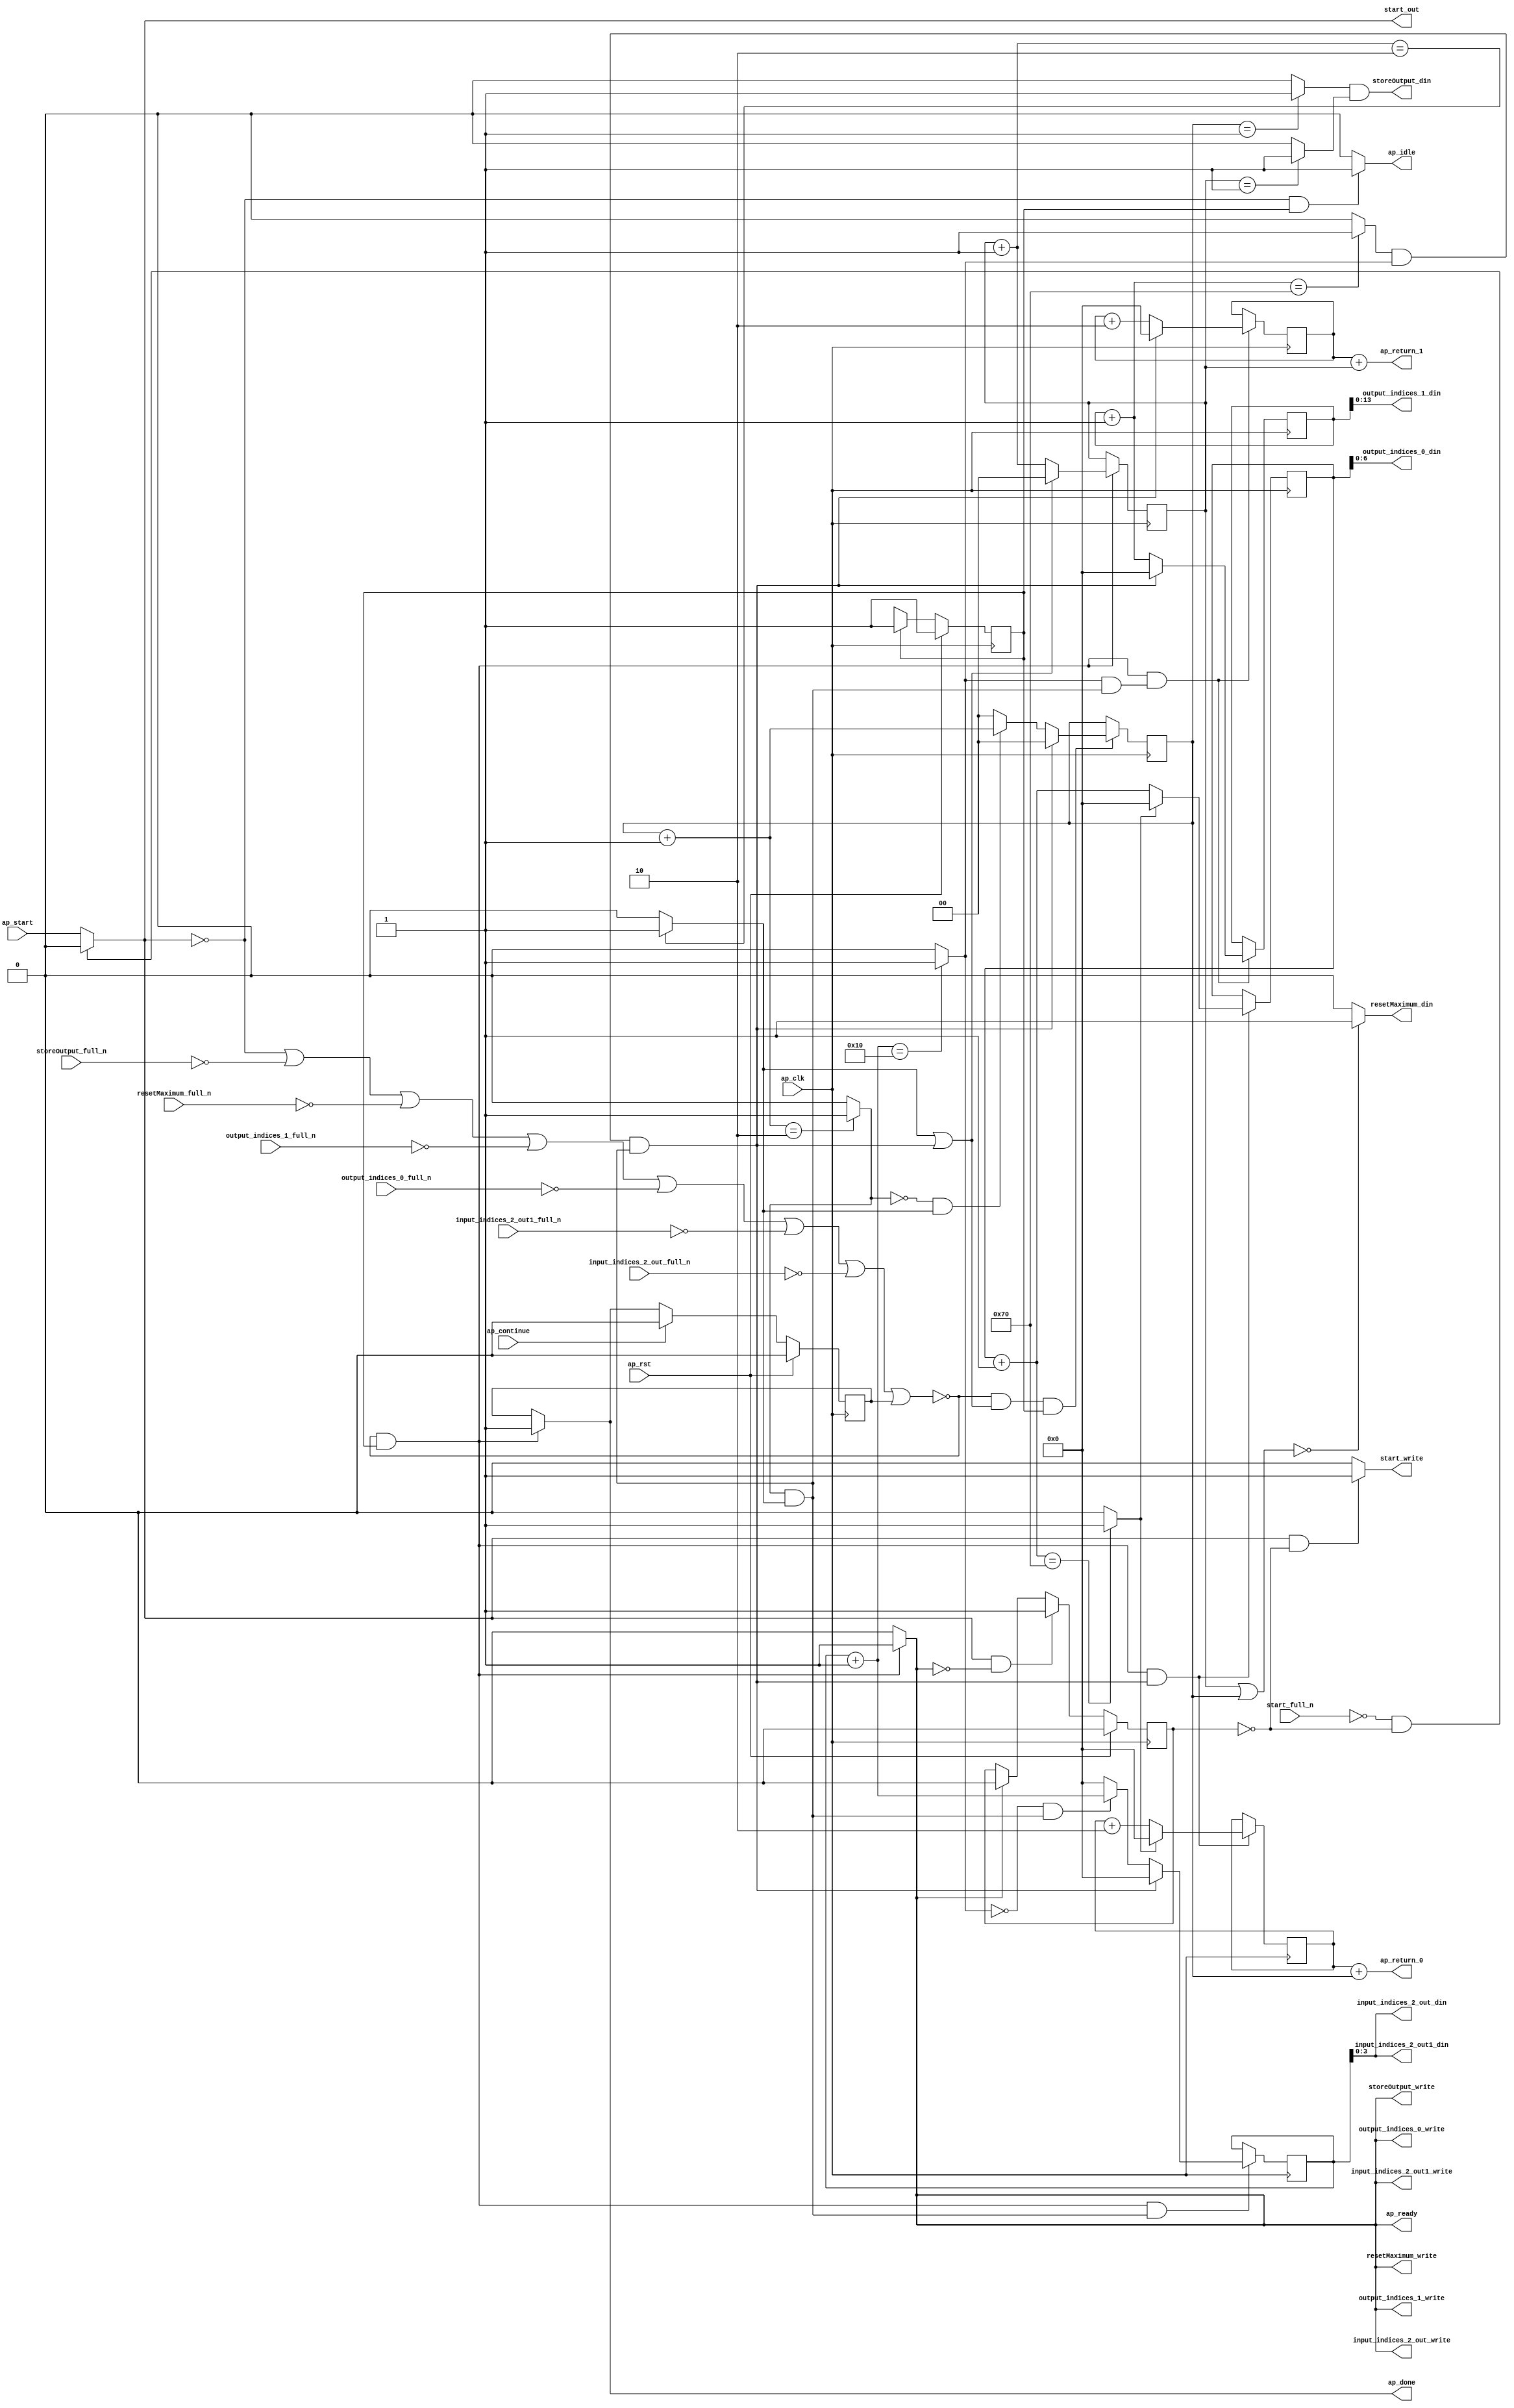
`define EXPONENT 5
`define MANTISSA 10
`define ACTUAL_MANTISSA 11
`define EXPONENT_LSB 10
`define EXPONENT_MSB 14
`define MANTISSA_LSB 0
`define MANTISSA_MSB 9
`define MANTISSA_MUL_SPLIT_LSB 3
`define MANTISSA_MUL_SPLIT_MSB 9
`define SIGN 1
`define SIGN_LOC 15
`define DWIDTH (`SIGN+`EXPONENT+`MANTISSA)
`define IEEE_COMPLIANCE 1

module td_fused_top_tdf1_get_next_ijk (
        ap_clk,
        ap_rst,
        ap_start,
        start_full_n,
        ap_done,
        ap_continue,
        ap_idle,
        ap_ready,
        start_out,
        start_write,
        input_indices_2_out_din,
        input_indices_2_out_full_n,
        input_indices_2_out_write,
        input_indices_2_out1_din,
        input_indices_2_out1_full_n,
        input_indices_2_out1_write,
        output_indices_0_din,
        output_indices_0_full_n,
        output_indices_0_write,
        output_indices_1_din,
        output_indices_1_full_n,
        output_indices_1_write,
        resetMaximum_din,
        resetMaximum_full_n,
        resetMaximum_write,
        storeOutput_din,
        storeOutput_full_n,
        storeOutput_write,
        ap_return_0,
        ap_return_1
);

parameter    ap_ST_fsm_state1 = 1'd1;

input   ap_clk;
input   ap_rst;
input   ap_start;
input   start_full_n;
output   ap_done;
input   ap_continue;
output   ap_idle;
output   ap_ready;
output   start_out;
output   start_write;
output  [3:0] input_indices_2_out_din;
input   input_indices_2_out_full_n;
output   input_indices_2_out_write;
output  [3:0] input_indices_2_out1_din;
input   input_indices_2_out1_full_n;
output   input_indices_2_out1_write;
output  [6:0] output_indices_0_din;
input   output_indices_0_full_n;
output   output_indices_0_write;
output  [13:0] output_indices_1_din;
input   output_indices_1_full_n;
output   output_indices_1_write;
output   resetMaximum_din;
input   resetMaximum_full_n;
output   resetMaximum_write;
output   storeOutput_din;
input   storeOutput_full_n;
output   storeOutput_write;
output  [15:0] ap_return_0;
output  [15:0] ap_return_1;

reg ap_done;
reg ap_idle;
reg start_write;
reg input_indices_2_out_write;
reg input_indices_2_out1_write;
reg output_indices_0_write;
reg output_indices_1_write;
reg resetMaximum_write;
reg storeOutput_write;

reg    real_start;
reg    start_once_reg;
reg    ap_done_reg;
  reg   [0:0] ap_CS_fsm;
wire    ap_CS_fsm_state1;
reg    internal_ap_ready;
reg   [1:0] i_p_3;
reg   [1:0] j_p_3;
reg   [15:0] i_7;
reg   [15:0] j_7;
reg   [15:0] k_7;
reg   [15:0] i_out_3;
reg   [15:0] j_out_3;
reg    input_indices_2_out_blk_n;
reg    input_indices_2_out1_blk_n;
reg    output_indices_0_blk_n;
reg    output_indices_1_blk_n;
reg    resetMaximum_blk_n;
reg    storeOutput_blk_n;
wire   [1:0] select_ln163_fu_338_p3;
reg    ap_block_state1;
wire   [0:0] or_ln163_fu_312_p2;
wire   [1:0] select_ln163_1_fu_346_p3;
wire   [15:0] select_ln168_fu_278_p3;
wire   [0:0] and_ln163_1_fu_306_p2;
wire   [15:0] select_ln163_2_fu_360_p3;
wire   [0:0] and_ln153_fu_354_p2;
wire   [15:0] select_ln163_3_fu_388_p3;
wire   [0:0] and_ln156_fu_294_p2;
wire   [15:0] select_ln168_1_fu_286_p3;
wire   [15:0] select_ln163_4_fu_396_p3;
wire   [3:0] trunc_ln149_fu_182_p1;
wire   [1:0] or_ln145_fu_126_p2;
wire   [0:0] icmp_ln146_fu_139_p2;
wire   [0:0] icmp_ln146_1_fu_145_p2;
wire   [15:0] zext_ln147_fu_114_p1;
wire   [15:0] zext_ln148_fu_122_p1;
wire   [1:0] add_ln152_fu_206_p2;
wire   [1:0] add_ln155_fu_218_p2;
wire   [15:0] add_ln158_fu_230_p2;
wire   [15:0] add_ln162_fu_248_p2;
wire   [15:0] add_ln167_fu_266_p2;
wire   [0:0] icmp_ln168_fu_272_p2;
wire   [15:0] add_ln166_fu_260_p2;
wire   [0:0] icmp_ln153_fu_212_p2;
wire   [0:0] icmp_ln156_fu_224_p2;
wire   [0:0] icmp_ln159_fu_236_p2;
wire   [0:0] icmp_ln163_fu_254_p2;
wire   [0:0] and_ln163_fu_300_p2;
wire   [0:0] xor_ln156_fu_318_p2;
wire   [0:0] and_ln156_1_fu_324_p2;
wire   [1:0] select_ln156_fu_330_p3;
wire   [15:0] add_ln161_fu_242_p2;
wire   [0:0] xor_ln159_fu_368_p2;
wire   [0:0] and_ln159_fu_374_p2;
wire   [15:0] select_ln159_fu_380_p3;
wire   [15:0] add_ln147_fu_162_p2;
wire   [15:0] add_ln148_fu_172_p2;
reg   [0:0] ap_NS_fsm;
wire    ap_ce_reg;

// power-on initialization
initial begin
#0 start_once_reg = 1'b0;
#0 ap_done_reg = 1'b0;
#0 ap_CS_fsm = 1'd1;
#0 i_p_3 = 2'd0;
#0 j_p_3 = 2'd0;
#0 i_7 = 16'd0;
#0 j_7 = 16'd0;
#0 k_7 = 16'd0;
#0 i_out_3 = 16'd0;
#0 j_out_3 = 16'd0;
end

always @ (posedge ap_clk) begin
    if (ap_rst == 1'b1) begin
        ap_CS_fsm <= ap_ST_fsm_state1;
    end else begin
        ap_CS_fsm <= ap_NS_fsm;
    end
end

always @ (posedge ap_clk) begin
    if (ap_rst == 1'b1) begin
        ap_done_reg <= 1'b0;
    end else begin
        if ((ap_continue == 1'b1)) begin
            ap_done_reg <= 1'b0;
        end else if ((~((real_start == 1'b0) | (storeOutput_full_n == 1'b0) | (resetMaximum_full_n == 1'b0) | (output_indices_1_full_n == 1'b0) | (output_indices_0_full_n == 1'b0) | (input_indices_2_out1_full_n == 1'b0) | (input_indices_2_out_full_n == 1'b0) | (ap_done_reg == 1'b1)) & (1'b1 == ap_CS_fsm_state1))) begin
            ap_done_reg <= 1'b1;
        end
    end
end

always @ (posedge ap_clk) begin
    if (ap_rst == 1'b1) begin
        start_once_reg <= 1'b0;
    end else begin
        if (((real_start == 1'b1) & (internal_ap_ready == 1'b0))) begin
            start_once_reg <= 1'b1;
        end else if ((internal_ap_ready == 1'b1)) begin
            start_once_reg <= 1'b0;
        end
    end
end

always @ (posedge ap_clk) begin
    if ((~((real_start == 1'b0) | (storeOutput_full_n == 1'b0) | (resetMaximum_full_n == 1'b0) | (output_indices_1_full_n == 1'b0) | (output_indices_0_full_n == 1'b0) | (input_indices_2_out1_full_n == 1'b0) | (input_indices_2_out_full_n == 1'b0) | (ap_done_reg == 1'b1)) & (1'b1 == ap_CS_fsm_state1) & (1'd1 == and_ln163_1_fu_306_p2))) begin
        i_7 <= select_ln168_fu_278_p3;
        i_out_3 <= select_ln168_1_fu_286_p3;
    end
end

always @ (posedge ap_clk) begin
    if ((~((real_start == 1'b0) | (storeOutput_full_n == 1'b0) | (resetMaximum_full_n == 1'b0) | (output_indices_1_full_n == 1'b0) | (output_indices_0_full_n == 1'b0) | (input_indices_2_out1_full_n == 1'b0) | (input_indices_2_out_full_n == 1'b0) | (ap_done_reg == 1'b1)) & (or_ln163_fu_312_p2 == 1'd1) & (1'b1 == ap_CS_fsm_state1))) begin
        i_p_3 <= select_ln163_fu_338_p3;
    end
end

always @ (posedge ap_clk) begin
    if ((~((real_start == 1'b0) | (storeOutput_full_n == 1'b0) | (resetMaximum_full_n == 1'b0) | (output_indices_1_full_n == 1'b0) | (output_indices_0_full_n == 1'b0) | (input_indices_2_out1_full_n == 1'b0) | (input_indices_2_out_full_n == 1'b0) | (ap_done_reg == 1'b1)) & (1'b1 == ap_CS_fsm_state1) & (1'd1 == and_ln153_fu_354_p2))) begin
        j_7 <= select_ln163_2_fu_360_p3;
        j_out_3 <= select_ln163_4_fu_396_p3;
    end
end

always @ (posedge ap_clk) begin
    if ((~((real_start == 1'b0) | (storeOutput_full_n == 1'b0) | (resetMaximum_full_n == 1'b0) | (output_indices_1_full_n == 1'b0) | (output_indices_0_full_n == 1'b0) | (input_indices_2_out1_full_n == 1'b0) | (input_indices_2_out_full_n == 1'b0) | (ap_done_reg == 1'b1)) & (1'b1 == ap_CS_fsm_state1))) begin
        j_p_3 <= select_ln163_1_fu_346_p3;
    end
end

always @ (posedge ap_clk) begin
    if ((~((real_start == 1'b0) | (storeOutput_full_n == 1'b0) | (resetMaximum_full_n == 1'b0) | (output_indices_1_full_n == 1'b0) | (output_indices_0_full_n == 1'b0) | (input_indices_2_out1_full_n == 1'b0) | (input_indices_2_out_full_n == 1'b0) | (ap_done_reg == 1'b1)) & (1'b1 == ap_CS_fsm_state1) & (1'd1 == and_ln156_fu_294_p2))) begin
        k_7 <= select_ln163_3_fu_388_p3;
    end
end

always @ (*) begin
    if ((~((real_start == 1'b0) | (storeOutput_full_n == 1'b0) | (resetMaximum_full_n == 1'b0) | (output_indices_1_full_n == 1'b0) | (output_indices_0_full_n == 1'b0) | (input_indices_2_out1_full_n == 1'b0) | (input_indices_2_out_full_n == 1'b0) | (ap_done_reg == 1'b1)) & (1'b1 == ap_CS_fsm_state1))) begin
        ap_done = 1'b1;
    end else begin
        ap_done = ap_done_reg;
    end
end

always @ (*) begin
    if (((real_start == 1'b0) & (1'b1 == ap_CS_fsm_state1))) begin
        ap_idle = 1'b1;
    end else begin
        ap_idle = 1'b0;
    end
end

always @ (*) begin
    if ((~((real_start == 1'b0) | (ap_done_reg == 1'b1)) & (1'b1 == ap_CS_fsm_state1))) begin
        input_indices_2_out1_blk_n = input_indices_2_out1_full_n;
    end else begin
        input_indices_2_out1_blk_n = 1'b1;
    end
end

always @ (*) begin
    if ((~((real_start == 1'b0) | (storeOutput_full_n == 1'b0) | (resetMaximum_full_n == 1'b0) | (output_indices_1_full_n == 1'b0) | (output_indices_0_full_n == 1'b0) | (input_indices_2_out1_full_n == 1'b0) | (input_indices_2_out_full_n == 1'b0) | (ap_done_reg == 1'b1)) & (1'b1 == ap_CS_fsm_state1))) begin
        input_indices_2_out1_write = 1'b1;
    end else begin
        input_indices_2_out1_write = 1'b0;
    end
end

always @ (*) begin
    if ((~((real_start == 1'b0) | (ap_done_reg == 1'b1)) & (1'b1 == ap_CS_fsm_state1))) begin
        input_indices_2_out_blk_n = input_indices_2_out_full_n;
    end else begin
        input_indices_2_out_blk_n = 1'b1;
    end
end

always @ (*) begin
    if ((~((real_start == 1'b0) | (storeOutput_full_n == 1'b0) | (resetMaximum_full_n == 1'b0) | (output_indices_1_full_n == 1'b0) | (output_indices_0_full_n == 1'b0) | (input_indices_2_out1_full_n == 1'b0) | (input_indices_2_out_full_n == 1'b0) | (ap_done_reg == 1'b1)) & (1'b1 == ap_CS_fsm_state1))) begin
        input_indices_2_out_write = 1'b1;
    end else begin
        input_indices_2_out_write = 1'b0;
    end
end

always @ (*) begin
    if ((~((real_start == 1'b0) | (storeOutput_full_n == 1'b0) | (resetMaximum_full_n == 1'b0) | (output_indices_1_full_n == 1'b0) | (output_indices_0_full_n == 1'b0) | (input_indices_2_out1_full_n == 1'b0) | (input_indices_2_out_full_n == 1'b0) | (ap_done_reg == 1'b1)) & (1'b1 == ap_CS_fsm_state1))) begin
        internal_ap_ready = 1'b1;
    end else begin
        internal_ap_ready = 1'b0;
    end
end

always @ (*) begin
    if ((~((real_start == 1'b0) | (ap_done_reg == 1'b1)) & (1'b1 == ap_CS_fsm_state1))) begin
        output_indices_0_blk_n = output_indices_0_full_n;
    end else begin
        output_indices_0_blk_n = 1'b1;
    end
end

always @ (*) begin
    if ((~((real_start == 1'b0) | (storeOutput_full_n == 1'b0) | (resetMaximum_full_n == 1'b0) | (output_indices_1_full_n == 1'b0) | (output_indices_0_full_n == 1'b0) | (input_indices_2_out1_full_n == 1'b0) | (input_indices_2_out_full_n == 1'b0) | (ap_done_reg == 1'b1)) & (1'b1 == ap_CS_fsm_state1))) begin
        output_indices_0_write = 1'b1;
    end else begin
        output_indices_0_write = 1'b0;
    end
end

always @ (*) begin
    if ((~((real_start == 1'b0) | (ap_done_reg == 1'b1)) & (1'b1 == ap_CS_fsm_state1))) begin
        output_indices_1_blk_n = output_indices_1_full_n;
    end else begin
        output_indices_1_blk_n = 1'b1;
    end
end

always @ (*) begin
    if ((~((real_start == 1'b0) | (storeOutput_full_n == 1'b0) | (resetMaximum_full_n == 1'b0) | (output_indices_1_full_n == 1'b0) | (output_indices_0_full_n == 1'b0) | (input_indices_2_out1_full_n == 1'b0) | (input_indices_2_out_full_n == 1'b0) | (ap_done_reg == 1'b1)) & (1'b1 == ap_CS_fsm_state1))) begin
        output_indices_1_write = 1'b1;
    end else begin
        output_indices_1_write = 1'b0;
    end
end

always @ (*) begin
    if (((start_full_n == 1'b0) & (start_once_reg == 1'b0))) begin
        real_start = 1'b0;
    end else begin
        real_start = ap_start;
    end
end

always @ (*) begin
    if ((~((real_start == 1'b0) | (ap_done_reg == 1'b1)) & (1'b1 == ap_CS_fsm_state1))) begin
        resetMaximum_blk_n = resetMaximum_full_n;
    end else begin
        resetMaximum_blk_n = 1'b1;
    end
end

always @ (*) begin
    if ((~((real_start == 1'b0) | (storeOutput_full_n == 1'b0) | (resetMaximum_full_n == 1'b0) | (output_indices_1_full_n == 1'b0) | (output_indices_0_full_n == 1'b0) | (input_indices_2_out1_full_n == 1'b0) | (input_indices_2_out_full_n == 1'b0) | (ap_done_reg == 1'b1)) & (1'b1 == ap_CS_fsm_state1))) begin
        resetMaximum_write = 1'b1;
    end else begin
        resetMaximum_write = 1'b0;
    end
end

always @ (*) begin
    if (((real_start == 1'b1) & (start_once_reg == 1'b0))) begin
        start_write = 1'b1;
    end else begin
        start_write = 1'b0;
    end
end

always @ (*) begin
    if ((~((real_start == 1'b0) | (ap_done_reg == 1'b1)) & (1'b1 == ap_CS_fsm_state1))) begin
        storeOutput_blk_n = storeOutput_full_n;
    end else begin
        storeOutput_blk_n = 1'b1;
    end
end

always @ (*) begin
    if ((~((real_start == 1'b0) | (storeOutput_full_n == 1'b0) | (resetMaximum_full_n == 1'b0) | (output_indices_1_full_n == 1'b0) | (output_indices_0_full_n == 1'b0) | (input_indices_2_out1_full_n == 1'b0) | (input_indices_2_out_full_n == 1'b0) | (ap_done_reg == 1'b1)) & (1'b1 == ap_CS_fsm_state1))) begin
        storeOutput_write = 1'b1;
    end else begin
        storeOutput_write = 1'b0;
    end
end

always @ (*) begin
    case (ap_CS_fsm)
        ap_ST_fsm_state1 : begin
            ap_NS_fsm = ap_ST_fsm_state1;
        end
        default : begin
            ap_NS_fsm = 'bx;
        end
    endcase
end

assign add_ln147_fu_162_p2 = (i_7 + zext_ln147_fu_114_p1);

assign add_ln148_fu_172_p2 = (j_7 + zext_ln148_fu_122_p1);

assign add_ln152_fu_206_p2 = (j_p_3 + 2'd1);

assign add_ln155_fu_218_p2 = (i_p_3 + 2'd1);

assign add_ln158_fu_230_p2 = (k_7 + 16'd1);

assign add_ln161_fu_242_p2 = (j_7 + 16'd2);

assign add_ln162_fu_248_p2 = (j_out_3 + 16'd1);

assign add_ln166_fu_260_p2 = (i_7 + 16'd2);

assign add_ln167_fu_266_p2 = (i_out_3 + 16'd1);

assign and_ln153_fu_354_p2 = (icmp_ln159_fu_236_p2 & and_ln156_fu_294_p2);

assign and_ln156_1_fu_324_p2 = (xor_ln156_fu_318_p2 & icmp_ln153_fu_212_p2);

assign and_ln156_fu_294_p2 = (icmp_ln156_fu_224_p2 & icmp_ln153_fu_212_p2);

assign and_ln159_fu_374_p2 = (xor_ln159_fu_368_p2 & and_ln156_fu_294_p2);

assign and_ln163_1_fu_306_p2 = (and_ln163_fu_300_p2 & and_ln156_fu_294_p2);

assign and_ln163_fu_300_p2 = (icmp_ln163_fu_254_p2 & icmp_ln159_fu_236_p2);

assign ap_CS_fsm_state1 = ap_CS_fsm[32'd0];

always @ (*) begin
    ap_block_state1 = ((real_start == 1'b0) | (storeOutput_full_n == 1'b0) | (resetMaximum_full_n == 1'b0) | (output_indices_1_full_n == 1'b0) | (output_indices_0_full_n == 1'b0) | (input_indices_2_out1_full_n == 1'b0) | (input_indices_2_out_full_n == 1'b0) | (ap_done_reg == 1'b1));
end

assign ap_ready = internal_ap_ready;

assign ap_return_0 = add_ln147_fu_162_p2;

assign ap_return_1 = add_ln148_fu_172_p2;

assign icmp_ln146_1_fu_145_p2 = ((j_p_3 == 2'd1) ? 1'b1 : 1'b0);

assign icmp_ln146_fu_139_p2 = ((i_p_3 == 2'd1) ? 1'b1 : 1'b0);

assign icmp_ln153_fu_212_p2 = ((add_ln152_fu_206_p2 == 2'd2) ? 1'b1 : 1'b0);

assign icmp_ln156_fu_224_p2 = ((add_ln155_fu_218_p2 == 2'd2) ? 1'b1 : 1'b0);

assign icmp_ln159_fu_236_p2 = ((add_ln158_fu_230_p2 == 16'd16) ? 1'b1 : 1'b0);

assign icmp_ln163_fu_254_p2 = ((add_ln162_fu_248_p2 == 16'd112) ? 1'b1 : 1'b0);

assign icmp_ln168_fu_272_p2 = ((add_ln167_fu_266_p2 == 16'd112) ? 1'b1 : 1'b0);

assign input_indices_2_out1_din = trunc_ln149_fu_182_p1;

assign input_indices_2_out_din = trunc_ln149_fu_182_p1;

assign or_ln145_fu_126_p2 = (j_p_3 | i_p_3);

assign or_ln163_fu_312_p2 = (icmp_ln153_fu_212_p2 | and_ln163_1_fu_306_p2);

assign output_indices_0_din = i_out_3[6:0];

assign output_indices_1_din = j_out_3[13:0];

assign resetMaximum_din = ((or_ln145_fu_126_p2 == 2'd0) ? 1'b1 : 1'b0);

assign select_ln156_fu_330_p3 = ((and_ln156_1_fu_324_p2[0:0] == 1'b1) ? add_ln155_fu_218_p2 : 2'd0);

assign select_ln159_fu_380_p3 = ((and_ln159_fu_374_p2[0:0] == 1'b1) ? add_ln158_fu_230_p2 : 16'd0);

assign select_ln163_1_fu_346_p3 = ((or_ln163_fu_312_p2[0:0] == 1'b1) ? 2'd0 : add_ln152_fu_206_p2);

assign select_ln163_2_fu_360_p3 = ((and_ln163_1_fu_306_p2[0:0] == 1'b1) ? 16'd0 : add_ln161_fu_242_p2);

assign select_ln163_3_fu_388_p3 = ((and_ln163_1_fu_306_p2[0:0] == 1'b1) ? 16'd0 : select_ln159_fu_380_p3);

assign select_ln163_4_fu_396_p3 = ((and_ln163_1_fu_306_p2[0:0] == 1'b1) ? 16'd0 : add_ln162_fu_248_p2);

assign select_ln163_fu_338_p3 = ((and_ln163_1_fu_306_p2[0:0] == 1'b1) ? 2'd0 : select_ln156_fu_330_p3);

assign select_ln168_1_fu_286_p3 = ((icmp_ln168_fu_272_p2[0:0] == 1'b1) ? 16'd0 : add_ln167_fu_266_p2);

assign select_ln168_fu_278_p3 = ((icmp_ln168_fu_272_p2[0:0] == 1'b1) ? 16'd0 : add_ln166_fu_260_p2);

assign start_out = real_start;

assign storeOutput_din = (icmp_ln146_fu_139_p2 & icmp_ln146_1_fu_145_p2);

assign trunc_ln149_fu_182_p1 = k_7[3:0];

assign xor_ln156_fu_318_p2 = (icmp_ln156_fu_224_p2 ^ 1'd1);

assign xor_ln159_fu_368_p2 = (icmp_ln159_fu_236_p2 ^ 1'd1);

assign zext_ln147_fu_114_p1 = i_p_3;

assign zext_ln148_fu_122_p1 = j_p_3;

endmodule //td_fused_top_tdf1_get_next_ijk